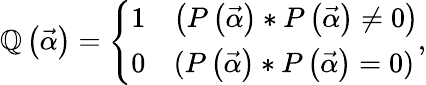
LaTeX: \mathbb{Q}\left(\vec{{\alpha}}\right)=\left\lbrace\begin{array}{ll}{1}&{\left(P\left(\vec{\alpha}\right)\ast P\left(\vec{\alpha}\right)\neq 0\right)}\\ {0}&{(P\left(\vec{\alpha}\right)\ast P\left(\vec{\alpha}\right)=0)}\end{array}\right.,